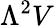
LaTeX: \Lambda^{2}V